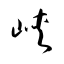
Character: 峽